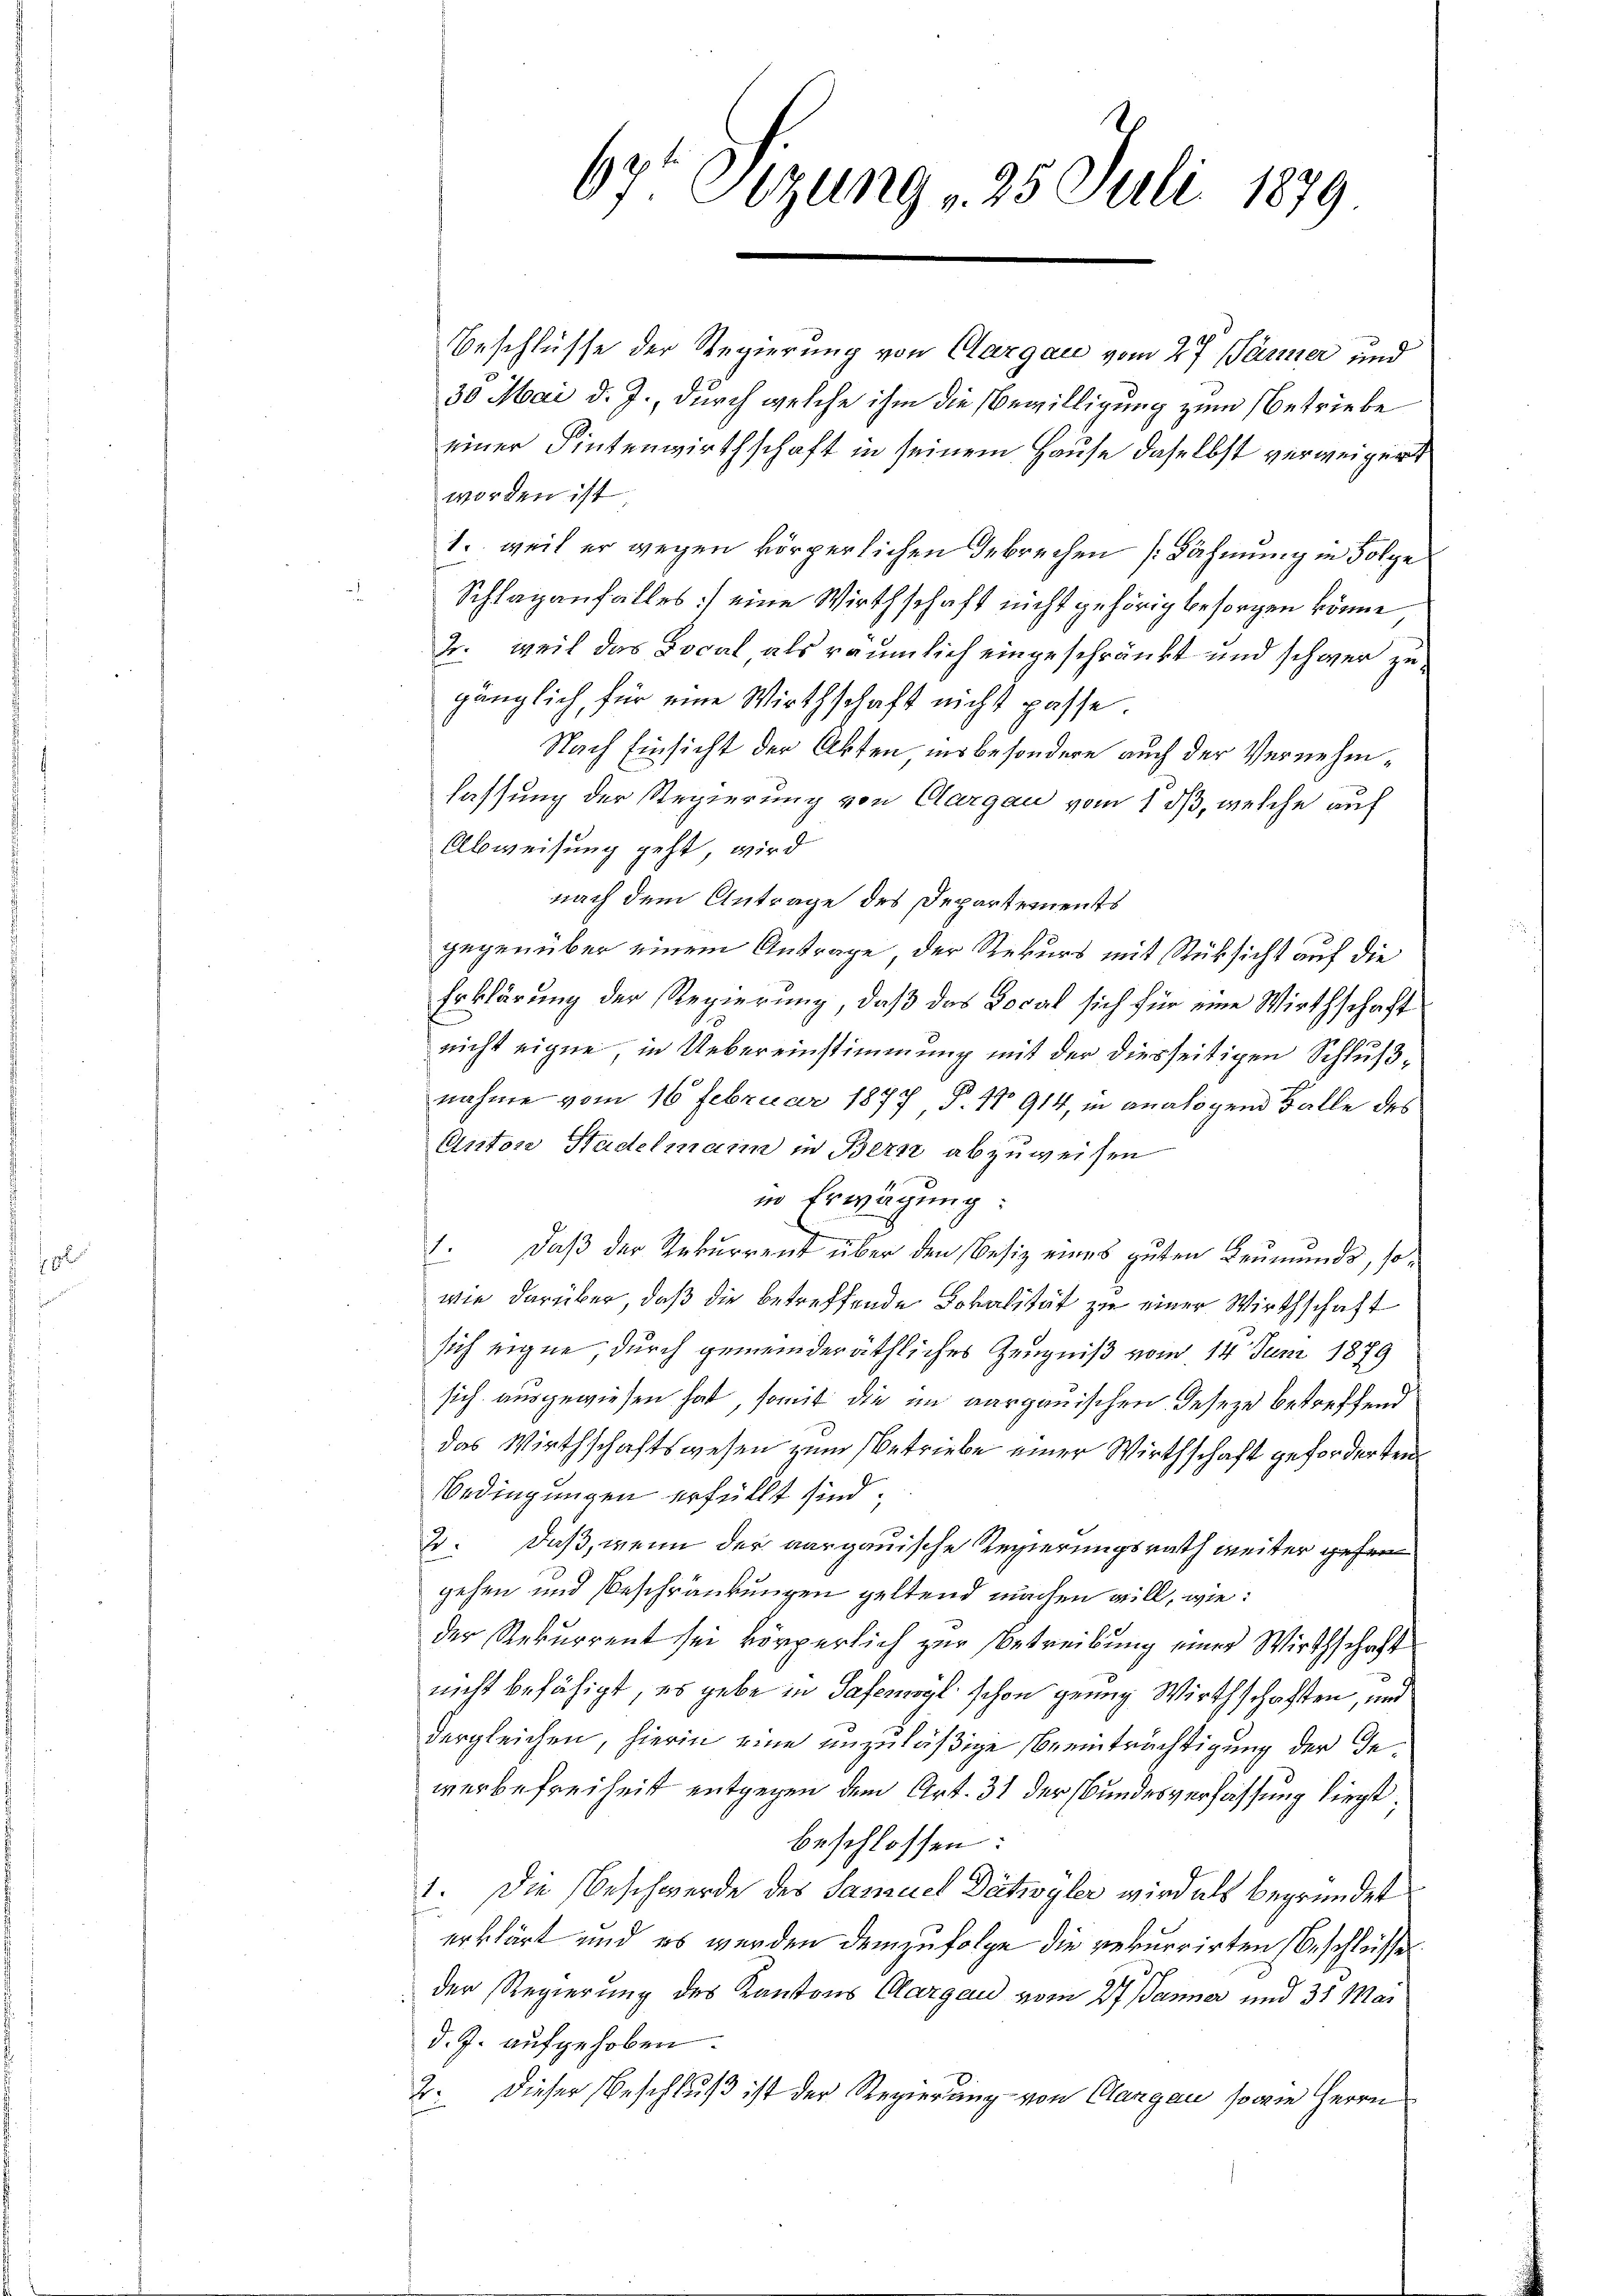
67 Sizung v. 25. Juli 1879

Beschlüsse der Regierung von Aargau vom 27. Jänner und
30 Mai d. J., durch welche ihm die Bewilligung zum Betriebe
einer Fintenwirthschaft in seinem Hause daselbst verweigert
worden ist
1. weil er wegen körperlichen Gebrechen [Lähmung in Folge
Schlaganfalles] eine Wirthschaft nicht gehörig besorgen könne
2. weil das Local als räumlich eingeschränkt und schwer zugänglich, für eine Wirthschaft nicht passe.
Nach Einsicht der Akten insbesondere auch der Vernehmlassung der Regierung von Aargau vom 1 dß, welche auf
Abweisung geht, wird
nach dem Antrage des Departements
gegenüber einem Antrage der Rekurs mit Rüksicht auf die
Erklärung der Regierung, daß das Docal sich für eine Wirthschaft
nicht eigne, in Uebereinstimmung mit der diesseitigen Schlußnahme vom 16 Februar 1877 P. No 914, in analogen Balle des
Anton Stadelmann in Bern abzuweisen
in Erwägung:
1. Daß der Rekurrent über den Besiz eines guten Leumunds, sowie darüber, daß die betreffende Lokalität zu einer Wirthschaft
sich eigne, durch gemeinderäthliches Zeugniß vom 14. Juni 1879
sich ausgewiesen hat, somit die im aargauischen Geseze betreffend
das Wirthschaftswesen zum Betriebe einer Wirthschaft geforderten
Bedingungen erfüllt sind.
2. Daß, wenn der aargauische Regierungsrath weiter gefer
gehen und Beschränkungen geltend machen will, wie:
der Rekurrent sei körperlich zur Betreibung einer Wirthschaft
nicht befähigt, es gebe in Saferwyl schon genug Wirthschaften, und
dergleichen, hierin eine unzuläßige Beeinträchtigung der Gewerbefreiheit entgegen dem Art. 31 der Bundesverfassung liegt,
beschlossen:
1. Die Beschwerde des Samuel Dätwyler wird als begründet
erklärt und es werden demzufolge die rekurrirten Beschlüsse
der Regierung des Kantons Cargend vom 27. Jänner und 31 Mai
d. J. aufgehoben.
2. Dieser Beschluß ist der Regierung von Clargau, sowie Herrn